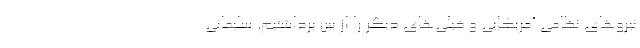
نیروهای نظامی آمریکایی و خیلی‌های دیگر را از بین برداشتیم. سلیمانی